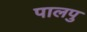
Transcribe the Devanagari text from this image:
पालपु